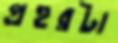
প্রহরটা